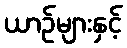
ယာဉ်များနှင့်